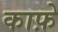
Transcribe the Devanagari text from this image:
काफ़े